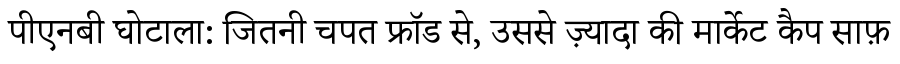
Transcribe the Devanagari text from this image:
पीएनबी घोटाला: जितनी चपत फ्रॉड से, उससे ज़्यादा की मार्केट कैप साफ़